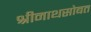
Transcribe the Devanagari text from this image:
श्रीनाथसोबत